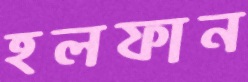
হলফান